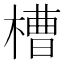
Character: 槽